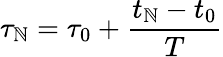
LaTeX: \tau_{\mathbb{N}}=\tau_{0}+\frac{{t_{\mathbb{N}}-t_{0}}}{{T}}